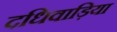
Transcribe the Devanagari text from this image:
दधिवाड़िया